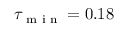
\tau _ { \textrm { m i n } } = 0 . 1 8